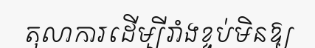
តុលាការដើម្បីរាំងខ្ទប់មិនឱ្យ